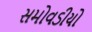
સમોવડીયો